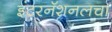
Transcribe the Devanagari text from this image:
इंटरनॅशनलचा